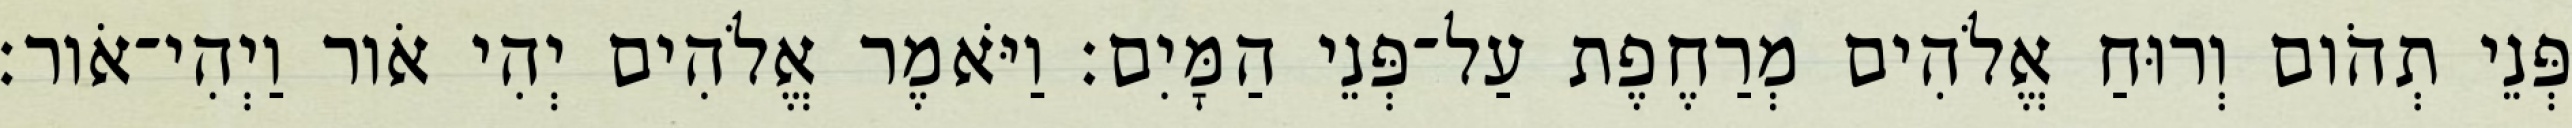
פְּנֵי תְהֹום וְרוּחַ אֱלֹהִים מְרַחֶפֶת עַל־פְּנֵי הַמָּיִם׃ וַיֹּאמֶר אֱלֹהִים יְהִי אֹור וַיְהִי־אֹור׃